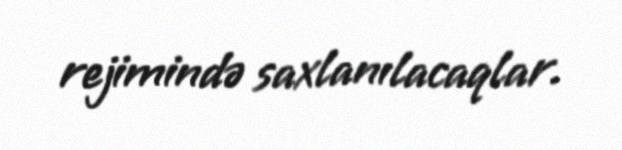
rejimində saxlanılacaqlar.